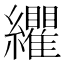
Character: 𮉛